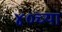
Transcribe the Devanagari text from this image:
४०च्या